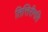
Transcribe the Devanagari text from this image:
तित्तिरीगति